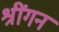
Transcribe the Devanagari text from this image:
श्रींगन